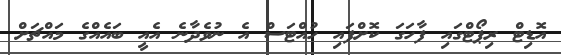
އޮޑިޓް ރިޕޯޓްގައި ފާހަގަ ކޮށްފައި ހުއްޓަސް އެ ނުވެދާނެ އެއީ ބައެއްގެ މައްޗަށް